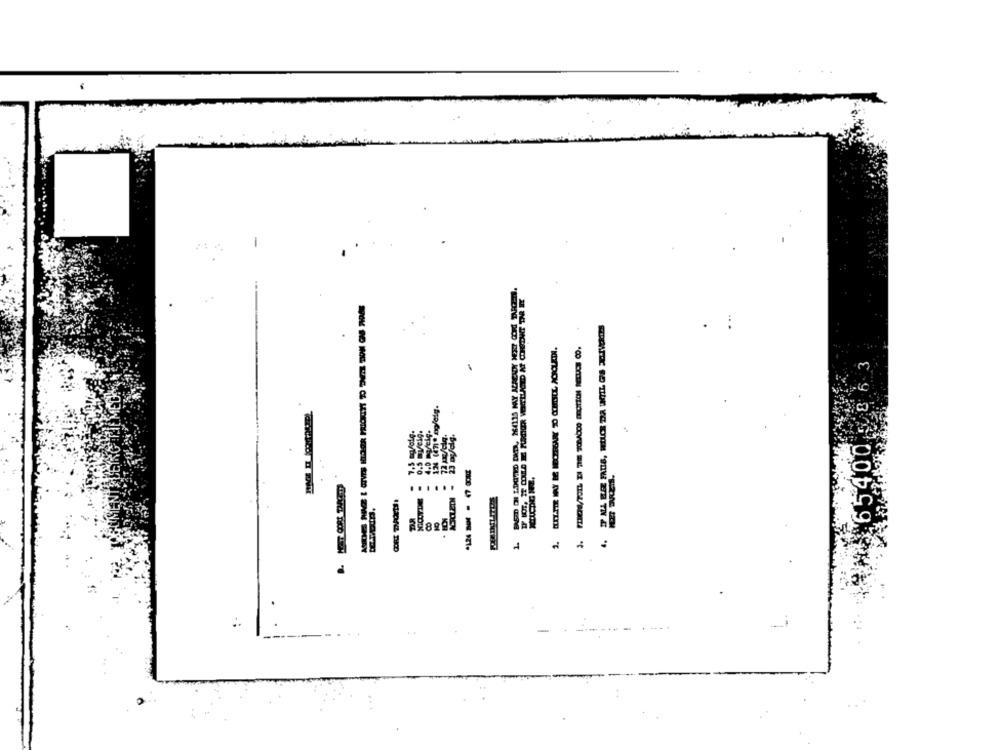
.
9 3
65400
-